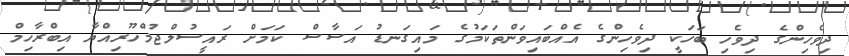
ދިވެހިންގެ ދިވެހި ބަހަކީ ދިވެހިންގެ އެއްބައިވަންތަކަމުގެ މައިގަނޑު އަސާސް ކަމަށް ރައީސުލްޖުމްހޫރިއްޔާ އިބްރާހިމް